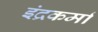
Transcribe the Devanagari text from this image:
इंद्रकर्मा